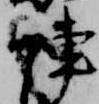
陣